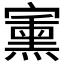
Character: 𱚗